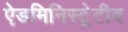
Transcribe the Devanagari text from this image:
ऐडमिनिस्ट्रेटीव